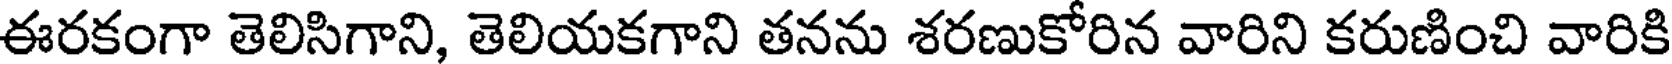
ఈరకంగా తెలిసిగాని, తెలియకగాని తనను శరణుకోరిన వారిని కరుణించి వారికి